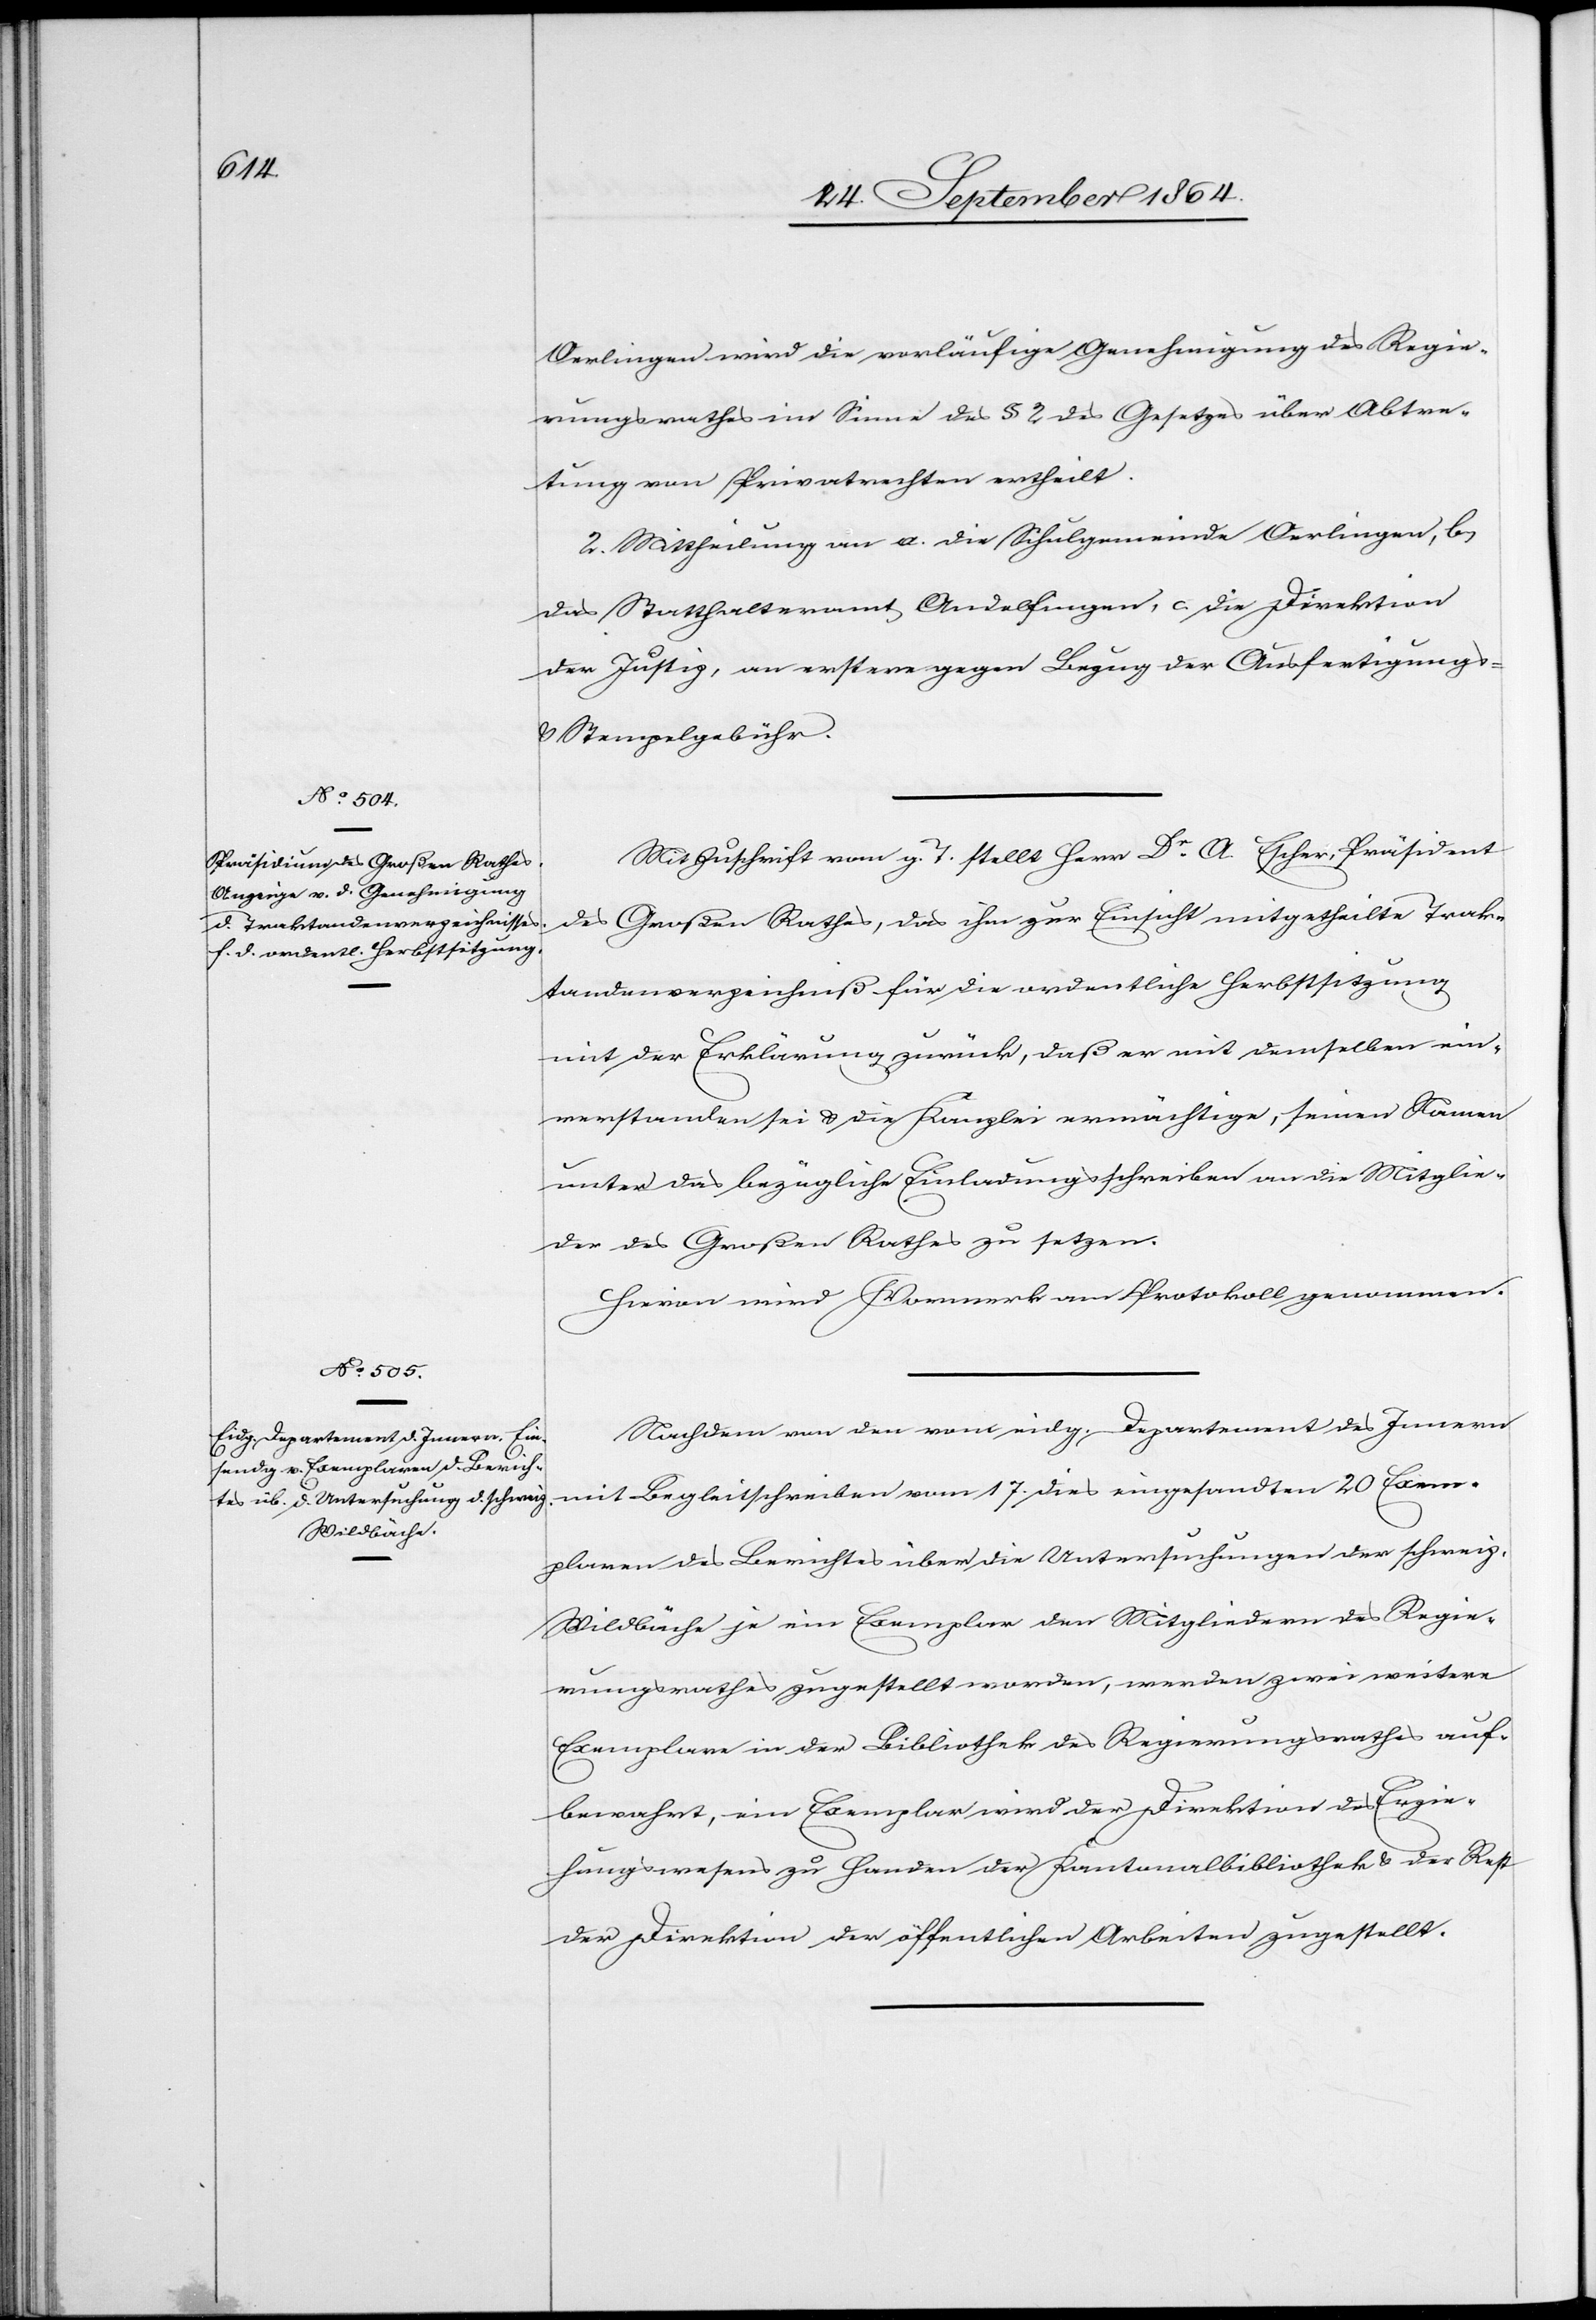
Oerlingen wird die vorläufige Genehmigung des Regie¬
rungsrathes im Sinne des § 2 des Gesetzes über Abtre¬
tung von Privatrechten ertheilt.
2. Mittheilung an a. die Schulgemeinde Oerlingen, b.
das Statthalteramt Andelfingen, c. die Direktion
der Justiz, an erstere gegen Bezug der Ausfertigungs-
& Stempelgebühr.
Mit Zuschrift vom g. T. stellt Herr Dr. A. Escher, Präsident
des Großen Rathes, das ihm zur Einsicht mitgetheilte Trak¬
tandenverzeichniß für die ordentliche Herbstsitzung
mit der Erklärung zurück, daß er mit demselben ein¬
verstanden sei & die Kanzlei ermächtige, seinen Namen
unter das bezügliche Einladungsschreiben an die Mitglie¬
der des Großen Rathes zu setzen.
Hievon wird Vormerk am Protokoll genommen.
Nachdem von den vom eidg. Departement des Innern
mit Begleitschreiben vom 17. dies eingesandten 20 Exem¬
plaren des Berichtes über die Untersuchungen der schweiz.
Wildbäche je ein Exemplar den Mitgliedern des Regie¬
rungsrathes zugestellt worden, werden zwei weitere
Exemplare in der Bibliothek des Regierungsrathes auf¬
bewahrt, ein Exemplar der Direktion des Erzie¬
hungswesens zu Handen der Kantonsbibliothek & der Rest
der Direktion der öffentlichen Arbeiten zugestellt.